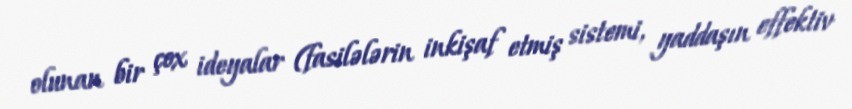
olunan bir çox ideyalar (fasilələrin inkişaf etmiş sistemi, yaddaşın effektiv